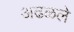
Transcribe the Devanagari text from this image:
अढळले